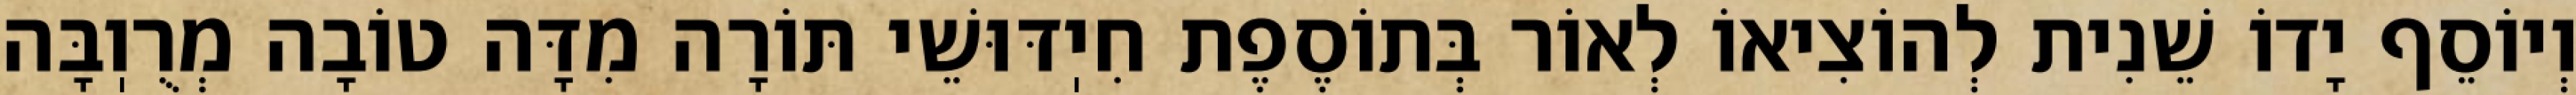
וְיוֹסֵף יָדוֹ שֵׁנִית לְהוֹצִיאוֹ לְאוֹר בְּתוֹסֶפֶת חִיֽדּוּשֵׁי תּוֹרָה מִדָּה טוֹבָה מְרֻוֽבָּה